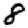
Digit: 8